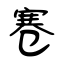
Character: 寋